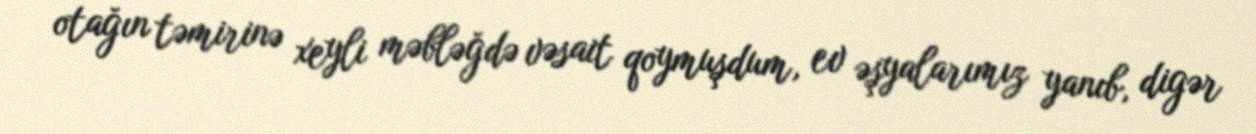
otağın təmirinə xeyli məbləğdə vəsait qoymuşdum, ev əşyalarımız yanıb, digər